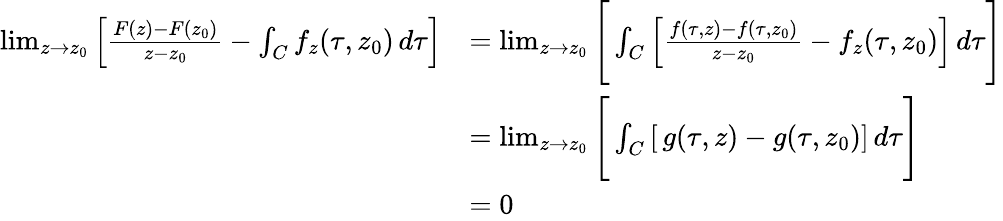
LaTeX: \begin{array}{rl}{\operatorname*{lim}_{z\to z_{0}}\left[\frac{F(z)-F(z_{0})}{z-z_{0}}-\int_{C}f_{z}(\tau,z_{0})\, d\tau\right]}&{=\operatorname*{lim}_{z\to z_{0}}\Bigg[\int_{C}\left[\frac{f(\tau,z)-f(\tau,z_{0})}{z-z_{0}}-f_{z}(\tau,z_{0})\right]\, d\tau\Bigg]}\\ &{=\operatorname*{lim}_{z\to z_{0}}\Bigg[\int_{C}\left[\, g(\tau,z)-g(\tau,z_{0})\right]\, d\tau\Bigg]}\\ &{=0}\end{array}